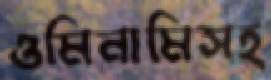
ওমিনামিসহ